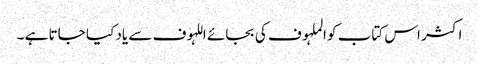
اکثر اس کتاب کو الملہوف کی بجائے اللہوف سے یاد کیا جاتا ہے ۔